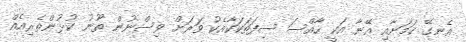
އެނގޭ ކަމަށާއި އޭނާ އަކީ ހާއްސަ ސިފަތަކަކާއެކު ވަރަށް ވިސްނުން ތޫނު ކުޅުންތެރިއެއް